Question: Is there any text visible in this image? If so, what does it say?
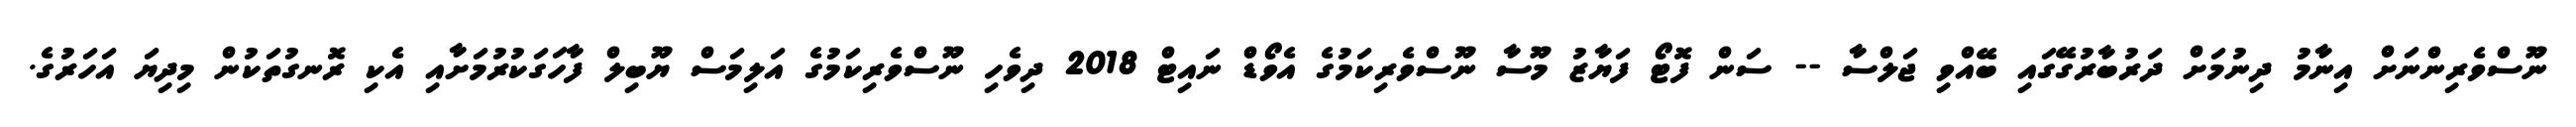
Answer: ނޫސްވެރިންނަށް އިނާމު ދިނުމަށް ދަރުބާރުގޭގައި ބޭއްވި ޖަލްސާ -- ސަން ފޮޓޯ ފަޔާޒު މޫސާ ނޫސްވެރިކަމުގެ އެވޯޑް ނައިޓް 2018 ދިވެހި ނޫސްވެރިކަމުގެ އަލިމަސް ޔޫބިލް ފާހަގަކުރުމަށާއި އެކި ރޮނގުތަކުން މިދިޔަ އަހަރުގެ.